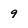
Character: 9